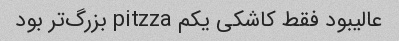
عالیبود فقط کاشکی یکم pitzza بزرگ‌تر بود